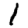
Digit: 1